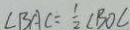
\angle B A C = \frac { 1 } { 2 } \angle B O C